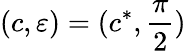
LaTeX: (c,\varepsilon)=(c^{*},\frac{\pi}{2})